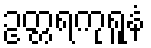
ဥတ္တရကုရူနံ